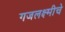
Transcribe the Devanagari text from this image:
गजलक्ष्मीचे